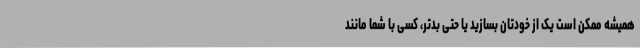
همیشه ممکن است یک از خودتان بسازید یا حتی بدتر، کسی با شما مانند